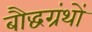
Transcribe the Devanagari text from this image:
बौद्धग्रंथों